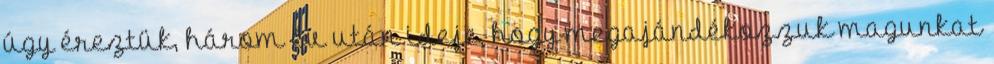
úgy éreztük, három év után ideje, hogy megajándékozzuk magunkat